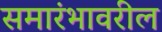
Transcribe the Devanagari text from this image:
समारंभावरील